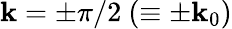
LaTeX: \mathbf{k}=\pm\pi/2\ (\equiv\pm\mathbf{k}_{0})